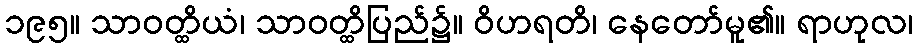
၁၉၅။ သာဝတ္ထိယံ၊ သာဝတ္ထိပြည်၌။ ဝိဟရတိ၊ နေတော်မူ၏။ ရာဟုလ၊